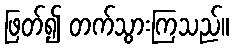
ဖြတ်၍ တက်သွားကြသည်။